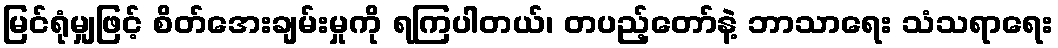
မြင်ရုံမျှဖြင့် စိတ်အေးချမ်းမှုကို ရကြပါတယ်၊ တပည့်တော်နဲ့ ဘာသာရေး သံသရာရေး